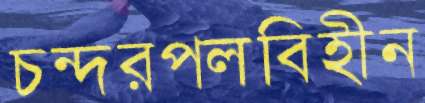
চন্দরপলবিহীন